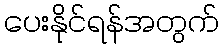
ပေးနိုင်ရန်အတွက်